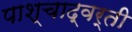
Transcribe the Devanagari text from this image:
पाश्चाद्वर्ती